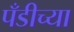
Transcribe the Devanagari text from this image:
पँडीच्या